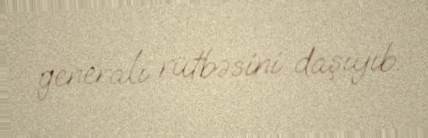
generalı rütbəsini daşıyıb.